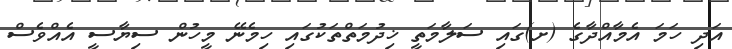
އަދި ހަމަ އެމާއްދާގެ (ށ)ގައި ސަލާމަތީ ޚިދުމަތްތަކުގައި ހިމެނޭ މީހުން ސިޔާސީ އެއްވެސް